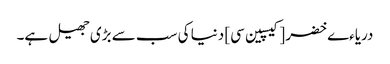
دریاءے خضر [کیسپین سی] دنیا کی سب سے بڑی جھیل ہے۔